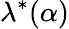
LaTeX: \lambda^{\ast}(\alpha)